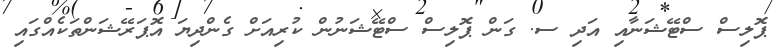
ޕޮލިސް ސްޓޭޝަނާއި އަދި ސ. ގަން ޕޮލިސް ސްޓޭޝަނުން ކުރިއަށް ގެންދިޔަ އޮޕަރޭޝަންތަކެއްގައި